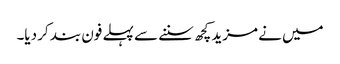
میں نے مزید کچھ سننے سے پہلے فون بند کر دیا۔